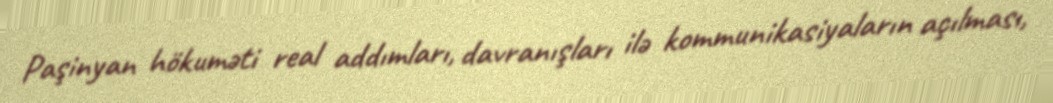
Paşinyan hökuməti real addımları, davranışları ilə kommunikasiyaların açılması,